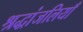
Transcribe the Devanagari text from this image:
श्रद्धांजलियाँ